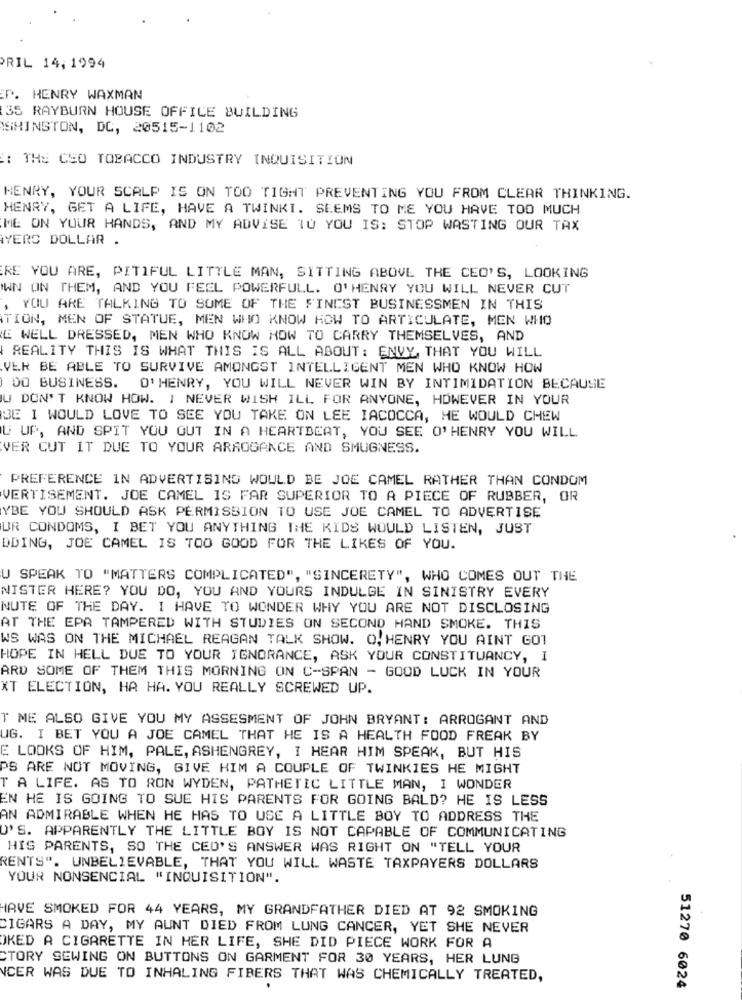
PRIL 14, 1994
P. HENRY WAXMAN
35 RAYBURN HOUSE OFFICE BUILDING
SHINGTON, DC, 20515-1102
: THE CEO TOBACCO INDUSTRY INQUISITION
HENRY, YOUR SCALP IS ON TOO TIGHT PREVENTING YOU FROM CLEAR THINKING.
HENRY, GET A LIFE, HAVE A TWINKI. SEEMS TO ME YOU HAVE TOO MUCH
ME ON YOUR HANDS, AND MY ADVISE TU YOU IS: STOP WASTING OUR TAX
YERS DOLLAR .
RE YOU ARE, PITIFUL LITTLE MAN, SITTING ABOVE THE CEO'S, LOOKING
'WN ON THEM, AND YOU FEEL POWERFULL. O'HENRY YOU WILL NEVER CUT
, YOU ARE TALKING TO SOME OF THE FINEST BUSINESSMEN IN THIS
TION, MEN OF STATUE, MEN WHO KNOW HOW TO ARTICULATE, MEN WHO
E WELL DRESSED, MEN WHO KNOW HOW TO CARRY THEMSELVES, AND
REALITY THIS IS WHAT THIS IS ALL ABOUT: ENVY, THAT YOU WILL
VER BE ABLE TO SURVIVE AMONGST INTELLIGENT MEN WHO KNOW HOW
DO BUSINESS. O'HENRY, YOU WILL NEVER WIN BY INTIMIDATION BECAUSE
U DON'T KNOW HOW. I NEVER WISH ILL FOR ANYONE, HOWEVER IN YOUR
BE I WOULD LOVE TO SEE YOU TAKE ON LEE IACOCCA, HE WOULD CHEW
U UP, AND SPIT YOU OUT IN A HEARTBEAT, YOU SEE O'HENRY YOU WILL
VER CUT IT DUE TO YOUR ARROGANCE AND SMUGNESS.
PREFERENCE IN ADVERTISING WOULD BE JOE CAMEL RATHER THAN CONDOM
VERTISEMENT. JOE CAMEL IS FAR SUPERIOR TO A PIECE OF RUBBER, OR
YBE YOU SHOULD ASK PERMISSION TO USE JOE CAMEL TO ADVERTISE
UR CONDOMS, I BET YOU ANYTHING THE KIDS WOULD LISTEN, JUST
DDING, JOE CAMEL IS TOO GOOD FOR THE LIKES OF YOU.
U SPEAK TO "MATTERS COMPLICATED", "SINCERETY", WHO COMES OUT THE
NISTER HERE? YOU DO, YOU AND YOURS INDULGE IN SINISTRY EVERY
NUTE OF THE DAY. I HAVE TO WONDER WHY YOU ARE NOT DISCLOSING
AT THE EPA TAMPERED WITH STUDIES ON SECOND HAND SMOKE. THIS
WS WAS ON THE MICHAEL REAGAN TALK SHOW. O. HENRY YOU AINT GOT
HOPE IN HELL DUE TO YOUR IGNORANCE, ASK YOUR CONSTITUANCY, I
ARD SOME OF THEM THIS MORNING ON C-SPAN - GOOD LUCK IN YOUR
XT ELECTION, HA HA. YOU REALLY SCREWED UP.
T ME ALSO GIVE YOU MY ASSESMENT OF JOHN BRYANT : ARROGANT AND
UG. I BET YOU A JOE CAMEL THAT HE IS A HEALTH FOOD FREAK BY
E LOOKS OF HIM, PALE, ASHENGREY, I HEAR HIM SPEAK, BUT HIS
PS ARE NOT MOVING, GIVE HIM A COUPLE OF TWINKIES HE MIGHT
T A LIFE. AS TO RON WYDEN, PATHETIC LITTLE MAN, I WONDER
EN HE IS GOING TO SUE HIS PARENTS FOR GOING BALD? HE IS LESS
AN ADMIRABLE WHEN HE HAS TO USE A LITTLE BOY TO ADDRESS THE
U'S. APPARENTLY THE LITTLE BOY IS NOT CAPABLE OF COMMUNICATING
HIS PARENTS, SO THE CEO'S ANSWER WAS RIGHT ON "TELL YOUR
RENTS". UNBELIEVABLE, THAT YOU WILL WASTE TAXPAYERS DOLLARS
YOUR NONSENCIAL "INQUISITION".
HAVE SMOKED FOR 44 YEARS, MY GRANDFATHER DIED AT 92 SMOKING
CIGARS A DAY, MY AUNT DIED FROM LUNG CANCER, YET SHE NEVER
OKED A CIGARETTE IN HER LIFE, SHE DID PIECE WORK FOR A
CTORY SEWING ON BUTTONS ON GARMENT FOR 30 YEARS, HER LUNG
NCER WAS DUE TO INHALING FIBERS THAT WAS CHEMICALLY TREATED,
51270 6024